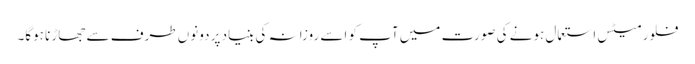
فلور میٹس استعمال ہونے کی صورت میں آپ کو اسے روزانہ کی بنیاد پر دونوں طرف سے جھاڑنا ہوگا۔